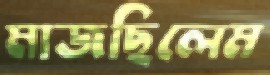
মাজছিলেম